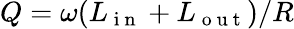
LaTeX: Q=\omega(L_{\mathrm{~i~n~}}+L_{\mathrm{~o~u~t~}})/R